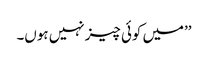
’’میں کوئی چیز نہیں ہوں۔